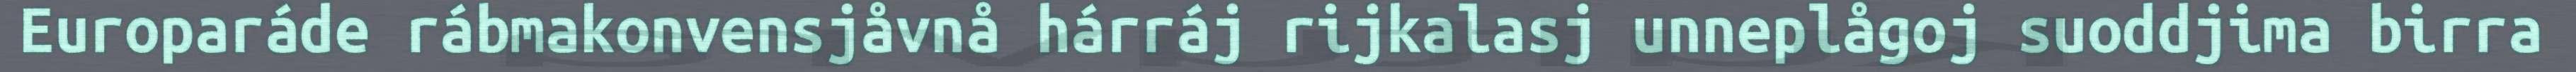
Europaráde rábmakonvensjåvnå hárráj rijkalasj unneplågoj suoddjima birra